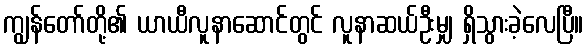
ကျွန်တော်တို့၏ ယာယီလူနာဆောင်တွင် လူနာဆယ်ဦးမျှ ရှိသွားခဲ့လေပြီ။